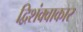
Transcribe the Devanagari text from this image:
द्विशंक्वाकार